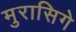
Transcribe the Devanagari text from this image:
मुरासिगे